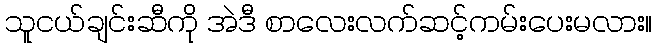
သူငယ်ချင်းဆီကို အဲဒီ စာလေးလက်ဆင့်ကမ်းပေးမလား။